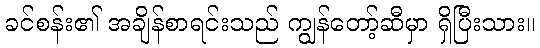
ခင်စန်း၏ အချိန်စာရင်းသည် ကျွန်တော့်ဆီမှာ ရှိပြီးသား။